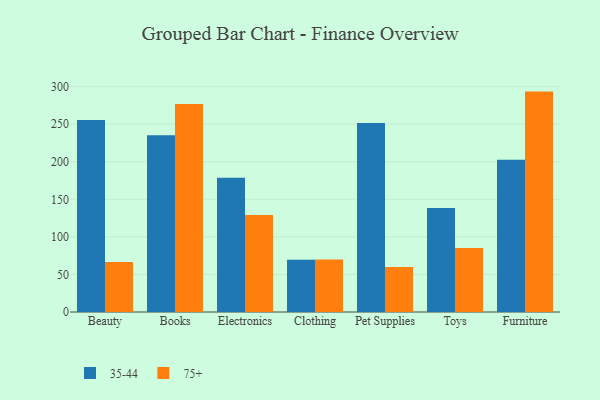
{"axis": {"x": "Category", "y": "Active Users"}, "legend": ["35-44", "75+"], "data": [{"x": "Beauty", "y": 255.6, "type": "35-44"}, {"x": "Beauty", "y": 66.7, "type": "75+"}, {"x": "Books", "y": 235.2, "type": "35-44"}, {"x": "Books", "y": 276.8, "type": "75+"}, {"x": "Electronics", "y": 178.7, "type": "35-44"}, {"x": "Electronics", "y": 129.0, "type": "75+"}, {"x": "Clothing", "y": 69.4, "type": "35-44"}, {"x": "Clothing", "y": 69.8, "type": "75+"}, {"x": "Pet Supplies", "y": 251.5, "type": "35-44"}, {"x": "Pet Supplies", "y": 59.9, "type": "75+"}, {"x": "Toys", "y": 138.3, "type": "35-44"}, {"x": "Toys", "y": 85.1, "type": "75+"}, {"x": "Furniture", "y": 202.6, "type": "35-44"}, {"x": "Furniture", "y": 293.4, "type": "75+"}]}